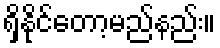
ရှိနိုင်တော့မည်နည်း။